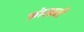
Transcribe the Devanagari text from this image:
फ़ोस्फ़री